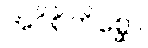
အဝိစိကိစ္ဆော